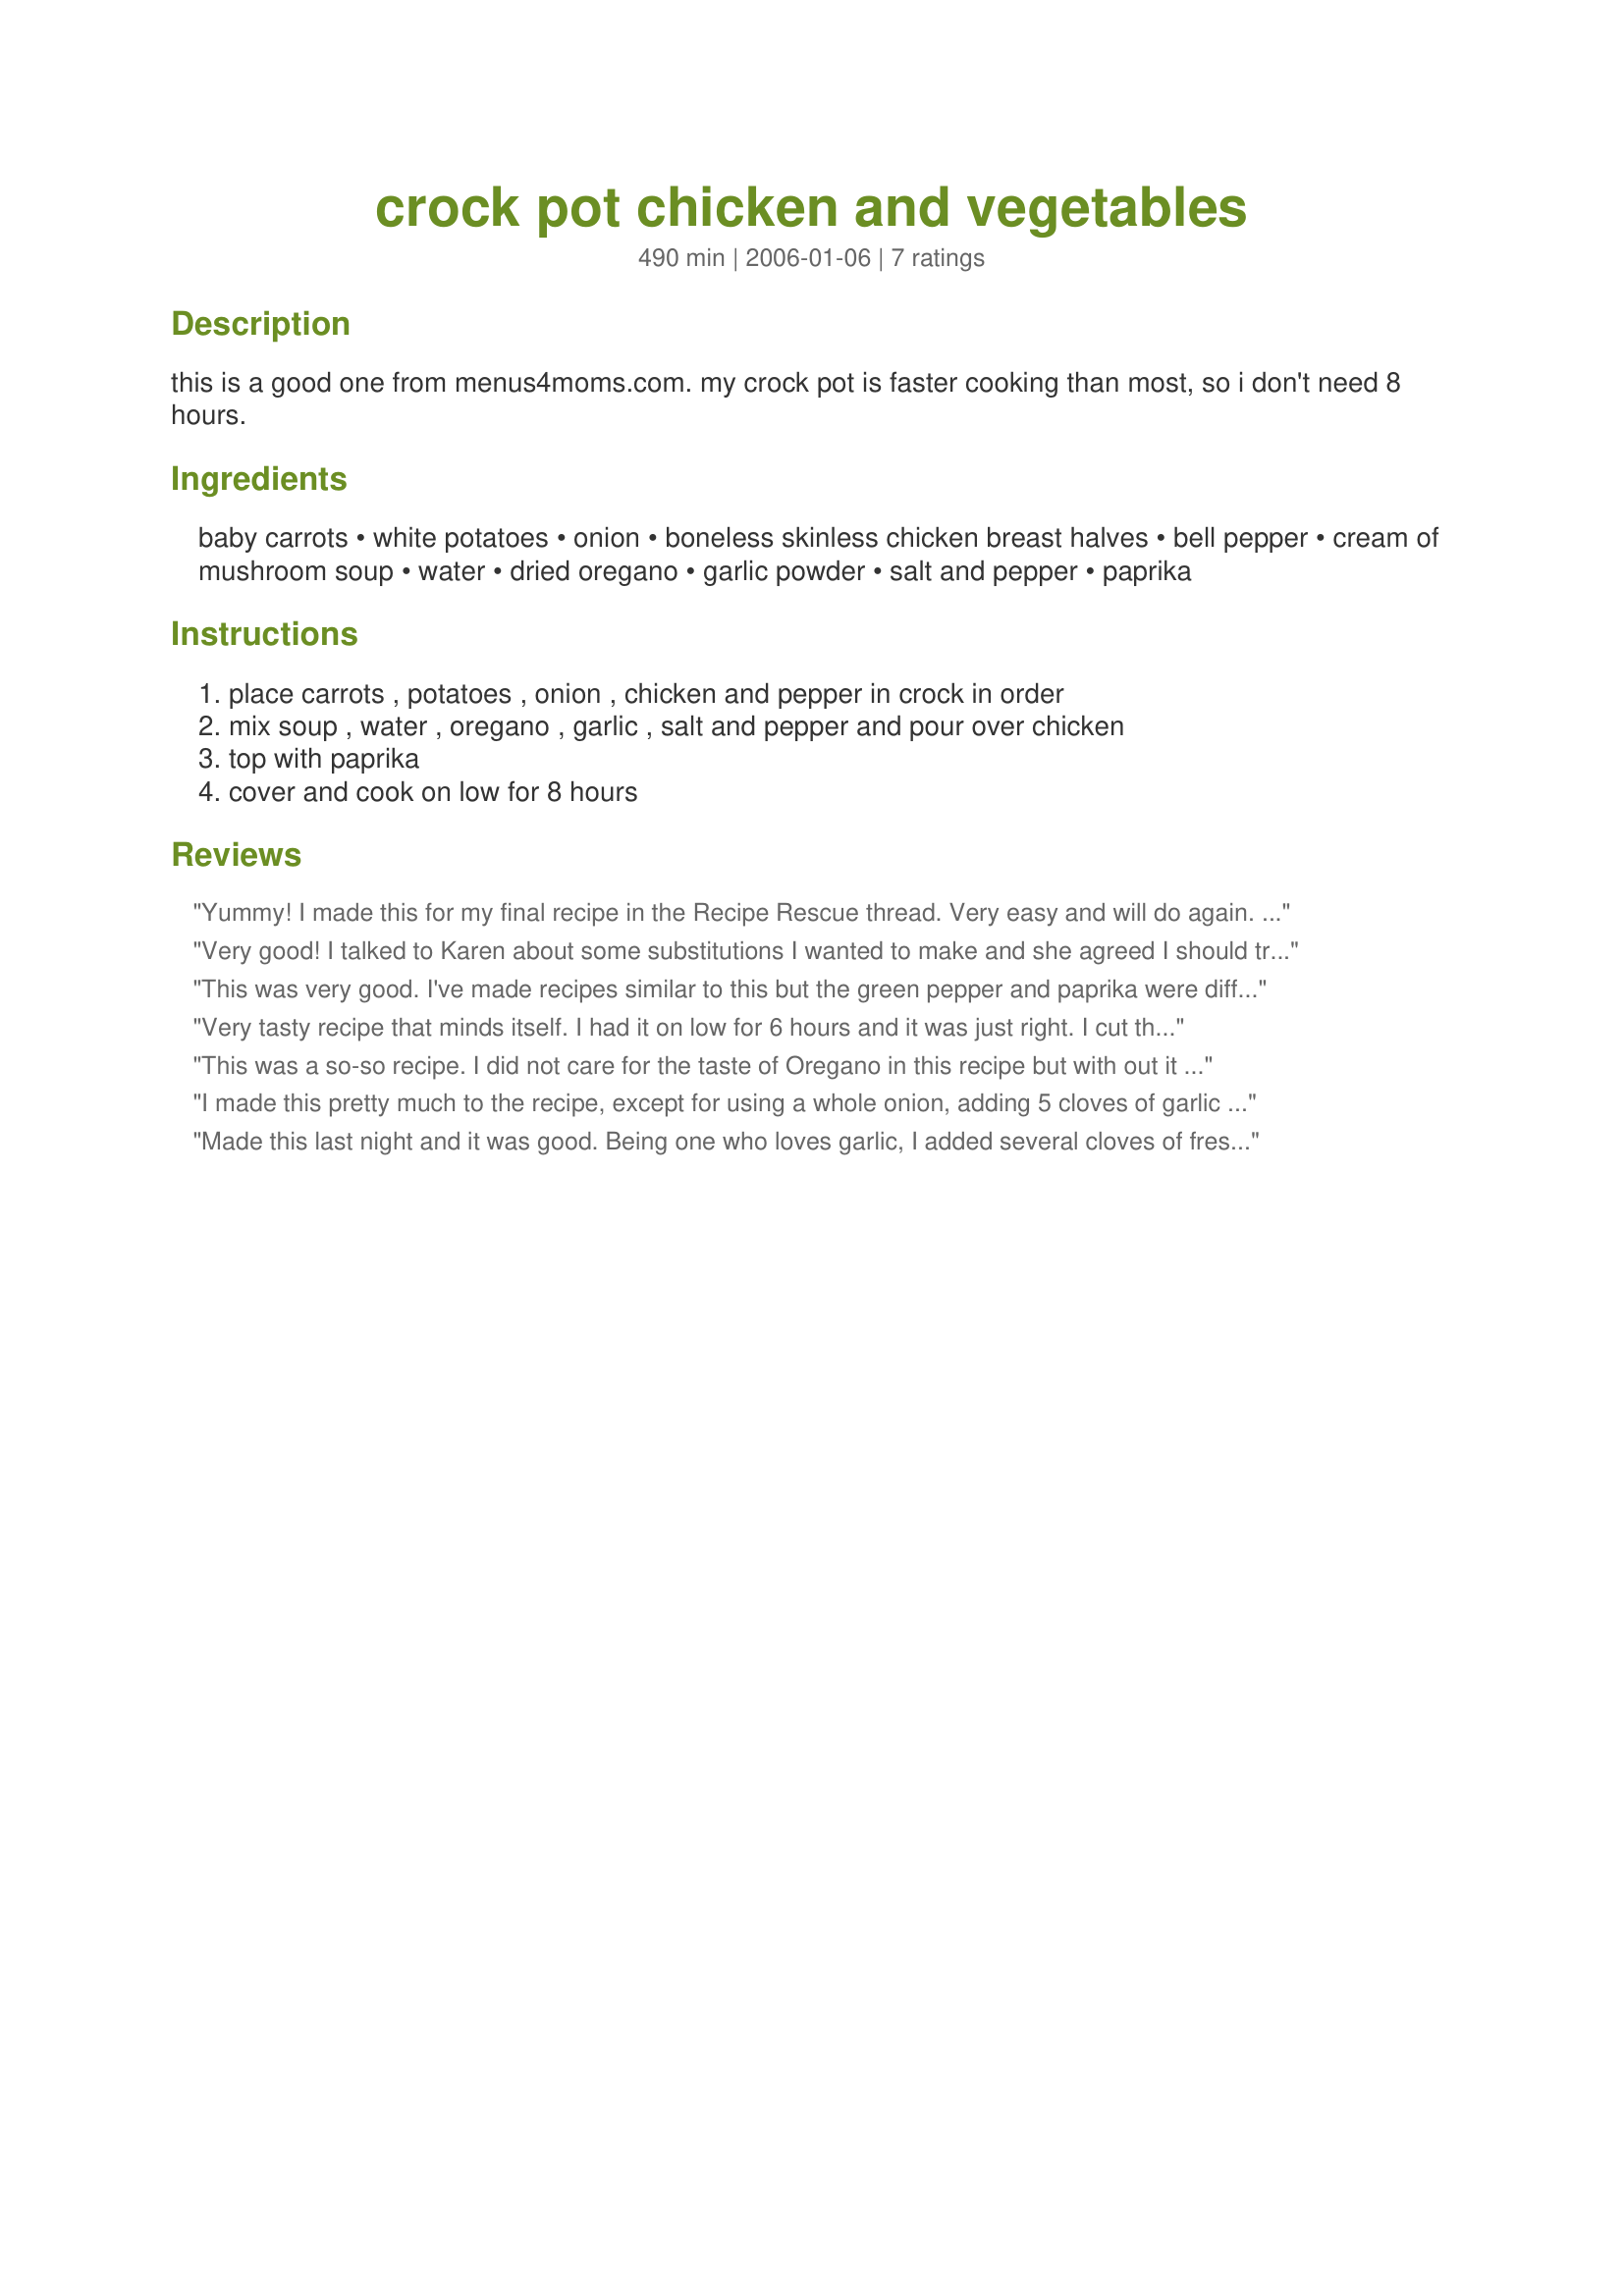
crock pot chicken and vegetables
Preparation time: 490 minutes

this is a good one from menus4moms.com. my crock pot is faster cooking than most, so i don't need 8 hours.

Ingredients:
baby carrots, white potatoes, onion, boneless skinless chicken breast halves, bell pepper, cream of mushroom soup, water, dried oregano, garlic powder, salt and pepper, paprika

Steps:
place carrots , potatoes , onion , chicken and pepper in crock in order, mix soup , water , oregano , garlic , salt and pepper and pour over chicken, top with paprika, cover and cook on low for 8 hours

Reviews:
Yummy! I made this for my final recipe in the Recipe Rescue thread. Very easy and will do again. I used about a teaspoon of minced garlic instead of garlic powder. I also used chicken thighs as I prefer them to chicken breasts. Thanks Karen!:)
Very good! I talked to Karen about some substitutions I wanted to make and she agreed I should try them. First of all I used boneless thighs, which I seasoned with garlic powder, seasoned salt, papper and paprika. I browned them well. I left out the potatoes, and subbed some sliced mushrooms for part of them. I used 3/4 c. chardonnay instead of the water and used a red bell pepper and sprinkled the top with hot paprika. 30 minutes before the 8 hours I threw in 2 cups frozen sugar snap peas for the remaining potatoes. By this time the chicken had started to shred beautifully. The colors were glorious. The orange carrots, red peppers and bright green peas were awesome to look at. And the flavor was quite satisifying. I made this the day ahead of serving for the flavors to blend and they did so beautifully. This wonderful little stew will be repeated often here. Thanks for sharing the recipe Karen.
This was very good. I've made recipes similar to this but the green pepper and paprika were different. Liked the paprika because of the nice color it made on the chicken. I didn't care for the green peppers, personal preferance. I precooked my carrots and potatoes in the microwave for 3 mins before putting them inthe crock. My crock is old and doesn't cook potatoes without a little head start. Thanks for sharing.
Very tasty recipe that minds itself. I had it on low for 6 hours and it was just right. I cut the medium sized potatoes in half, left the carrots whole. Added a cut up parsnip and left the onions whole too. Be sure to whip not just mix the sauce & herbs to gether so you have a smoth sauce. I made this recipe for Oscar night and it was ideal - cooked on it's own and took minutes to serve Thanks for posting a delicious recipe
This was a so-so recipe.
I did not care for the taste of Oregano in this recipe but with out it this dish would have been very bland.
Glad I tried it.
Thank you Karen for submitting it
I made this pretty much to the recipe, except for using a whole onion, adding 5 cloves of garlic (instead of the garlic powder), a whole red pepper and a cup of wine (merlot) instead of the water. I cooked it for the full 8 hours, first on high for about two hours, then on low. We ate this with a savoury rice dish. Very tasty and a recipe that’s super-quick to prepare. Thanks for sharing!
Made this last night and it was good. Being one who loves garlic, I added several cloves of fresh garlic instead of the powder. Also added a cup of broccoli 1/2hr before finish since I didn't have any green peppers. I was very impressed for such a simple concoction.
